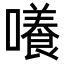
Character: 𡂺